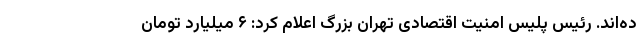
ده‌اند. رئیس پلیس امنیت اقتصادی تهران بزرگ اعلام کرد: ۶ میلیارد تومان